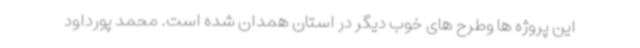
این پروژه ها وطرح های خوب دیگر در استان همدان شده است. محمد پورداود